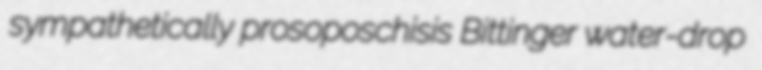
sympathetically prosoposchisis Bittinger water-drop